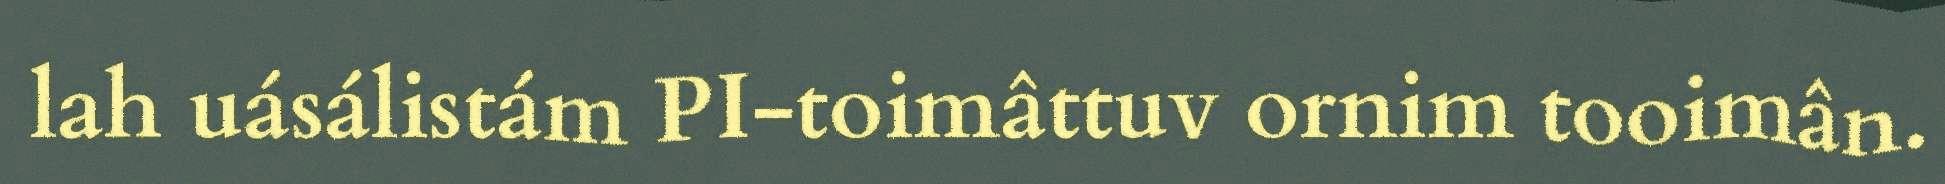
lah uásálistám PI-toimâttuv ornim tooimân.